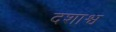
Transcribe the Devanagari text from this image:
दशाश्व